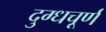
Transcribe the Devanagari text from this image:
दुग्धचूर्ण